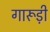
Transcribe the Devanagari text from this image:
गारूड़ी